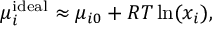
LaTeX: \mu _ { i } ^ { \mathrm { i d e a l } } \approx \mu _ { i 0 } + R T \ln ( x _ { i } ) ,